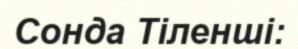
Сонда Тіленші: